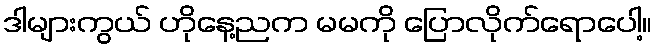
ဒါများကွယ် ဟိုနေ့ညက မမကို ပြောလိုက်ရောပေါ့။